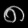
Digit: ၈